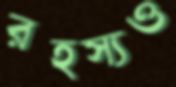
রহস্যও